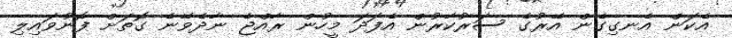
އެކަން އެނގިގެން އޭރުގެ ސަރުކާރުން އެފަދަ މީހުން ރާއްޖެ ނާދެވޭނެ ގޮތަށް ފޮނުވައިލި